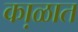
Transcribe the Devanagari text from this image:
का़ळात